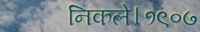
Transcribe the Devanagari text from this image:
निकले।१९०७